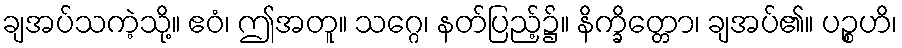
ချအပ်သကဲ့သို့။ ဧဝံ၊ ဤအတူ။ သဂ္ဂေ၊ နတ်ပြည့်၌။ နိက္ခိတ္တော၊ ချအပ်၏။ ပဉ္စဟိ၊